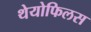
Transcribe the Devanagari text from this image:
थेयोफिलस